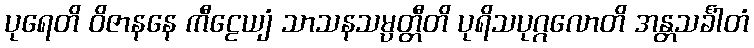
ပုရေတိ ဝိဇာနနေ ကီဠေယျံ သာသနသမ္ပတ္တီတိ ပုရိသပုဂ္ဂလောတိ အန္တသင်္ခါတံ